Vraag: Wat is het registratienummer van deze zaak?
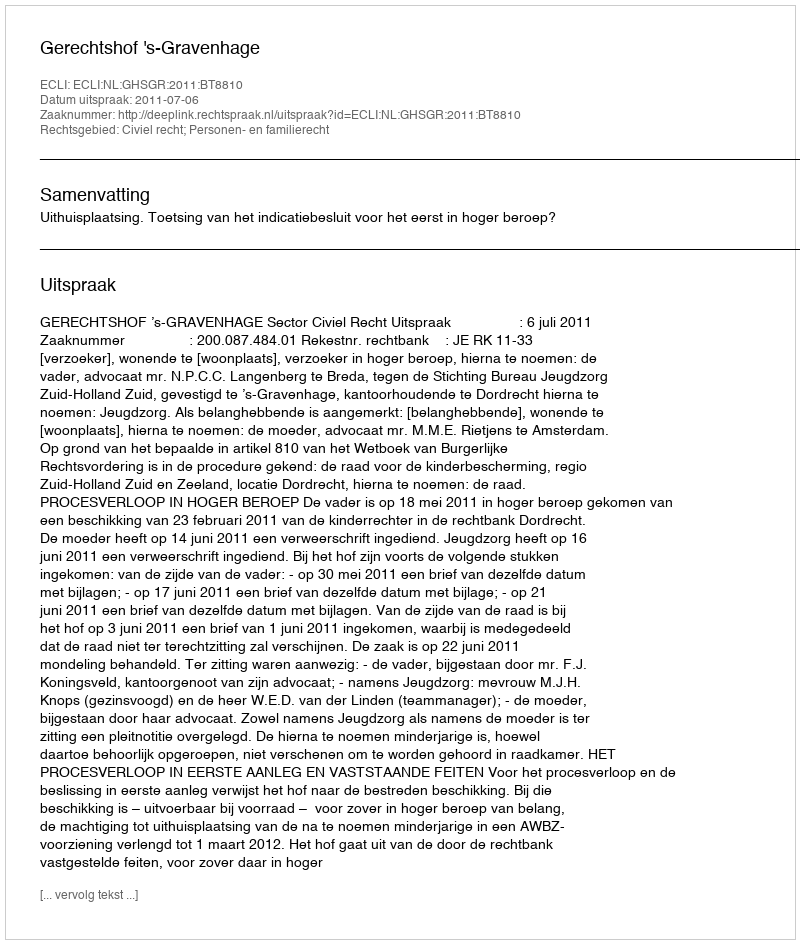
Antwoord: http://deeplink.rechtspraak.nl/uitspraak?id=ECLI:NL:GHSGR:2011:BT8810